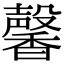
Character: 馨